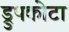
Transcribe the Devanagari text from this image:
ड्रुपकोटा